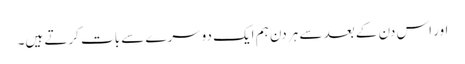
اور اس دن کے بعد سے ہر دن ہم ایک دوسرے سے بات کرتے ہیں۔